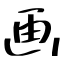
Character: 画